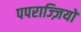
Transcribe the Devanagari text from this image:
पपराज्ज़ियों